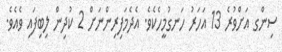
ސިންގ އަށްވުރެ 13 އަހަރު ހަނގުމީހެކެވެ. އެދެމަފިރިންނަށް 2 ކުދިން ލިބިފައި ވެއެވެ.